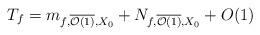
LaTeX: \begin{align*} T_{f} = m_{f,\overline{\mathcal{O}(1)},X_0} + N_{f,\overline{\mathcal{O}(1)},X_0} + O(1)\end{align*}